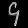
Digit: ၄